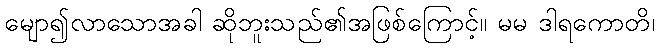
မျော၍လာသောအခါ ဆိုဘူးသည်၏အဖြစ်ကြောင့်။ မမ ဒါရကောတိ၊